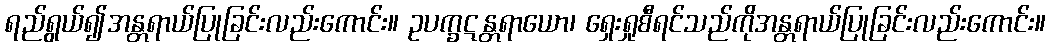
ရည်ရွယ်၍အန္တရာယ်ပြုခြင်းလည်းကောင်း။ ဥပက္ခဋန္တရာယော၊ ရှေးရှုစီရင်သည်ကိုအန္တရာယ်ပြုခြင်းလည်းကောင်း။